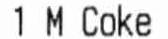
1 M COKE